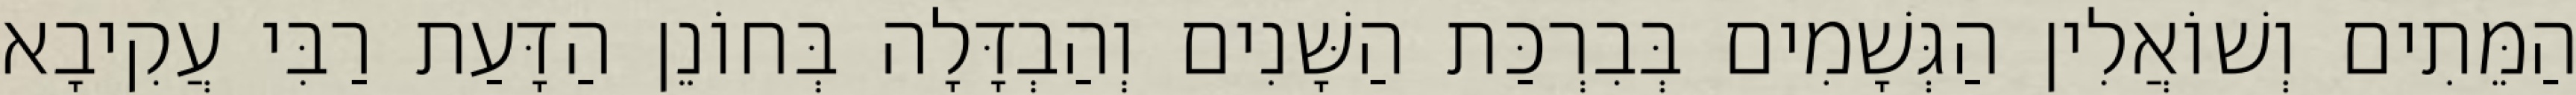
הַמֵּתִים וְשׁוֹאֲלִין הַגְּשָׁמִים בְּבִרְכַּת הַשָּׁנִים וְהַבְדָּלָה בְּחוֹנֵן הַדָּעַת רַבִּי עֲקִיבָא